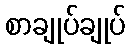
စာချုပ်ချုပ်